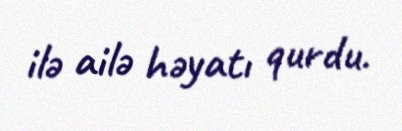
ilə ailə həyatı qurdu.